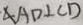
\angle A D \bot C D